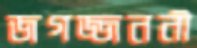
জগজ্জননী